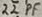
Text: 22PF